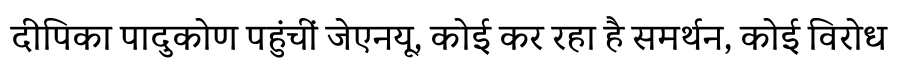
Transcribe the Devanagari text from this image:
दीपिका पादुकोण पहुंचीं जेएनयू, कोई कर रहा है समर्थन, कोई विरोध